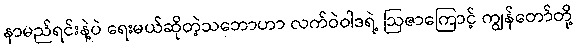
နာမည်ရင်းနဲ့ပဲ ရေးမယ်ဆိုတဲ့သဘောဟာ လက်ဝဲဝါဒရဲ့ ဩဇာကြောင့် ကျွန်တော်တို့